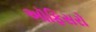
અૉફિસરો